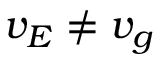
v _ { E } \neq v _ { g }